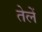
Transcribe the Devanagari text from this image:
तेलें